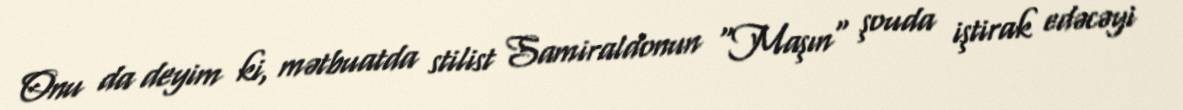
Onu da deyim ki, mətbuatda stilist Samiraldonun "Maşın" şouda iştirak edəcəyi